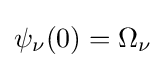
\psi _{\nu }(0)=\Omega _{\nu }